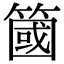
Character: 簂